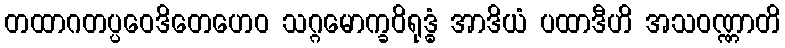
တထာဂတပ္ပဝေဒိတေဟေဝ သဂ္ဂမောက္ခဝိရုဒ္ဓံ အာဒိယံ ပထာဒီဟိ အသဝဏ္ဏာတိ